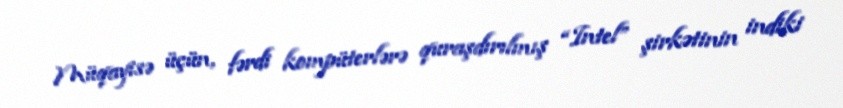
Müqayisə üçün, fərdi kompüterlərə quraşdırılmış “Intel” şirkətinin indiki